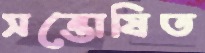
সন্তোষিত